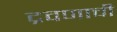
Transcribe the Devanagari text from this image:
द्रवणाची